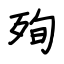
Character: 殉